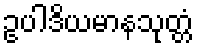
ဥပါဒိယမာနသုတ္တံ